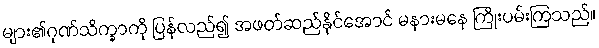
များ၏ဂုဏ်သိက္ခာကို ပြန်လည်၍ အဖတ်ဆည်နိုင်အောင် မနားမနေ ကြိုးပမ်းကြသည်။